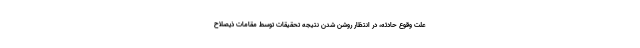
علت وقوع حادثه، در انتظار روشن شدن نتیجه تحقیقات توسط مقامات ذیصلاح